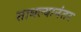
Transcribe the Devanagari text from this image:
साधल्यानंतर